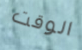
الوقت